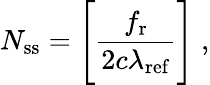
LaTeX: N_{\mathrm{ss}}=\Bigg[\frac{f_{\mathrm{r}}}{2c\lambda_{\mathrm{ref}}}\Bigg]\; ,